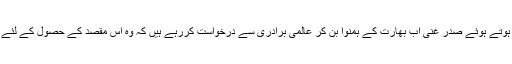
شدید مایوسی کا شکار ہوتے ہوئے صدر غنی اب بھارت کے ہمنوا بن کر عالمی برادری سے درخواست کررہے ہیں کہ وہ اس مقصد کے حصول کے لئے پاکستان پردبائو ڈالے ۔